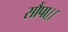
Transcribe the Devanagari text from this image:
सौंपा।।